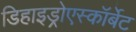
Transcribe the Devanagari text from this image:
डिहाइड्रोएस्कॉर्बेट